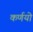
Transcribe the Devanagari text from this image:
कर्णयो